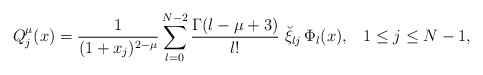
\begin{align*}Q^\mu_{j}(x)= \frac{1}{(1+x_j)^{2-\mu}} \sum^{N-2}_{l=0}\frac{\Gamma(l-\mu+3)}{l!}\; \breve \xi_{lj}\, \Phi_{l}(x),\;\;\; 1\le j\le N-1, \end{align*}